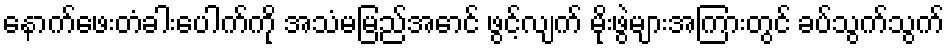
နောက်ဖေးတံခါးပေါက်ကို အသံမမြည်အောင် ဖွင့်လျက် မိုးဖွဲများအကြားတွင် ခပ်သွက်သွက်